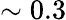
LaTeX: \sim 0.3